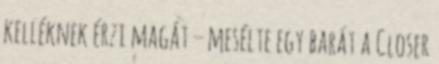
kelléknek érzi magát – mesélte egy barát a Closer